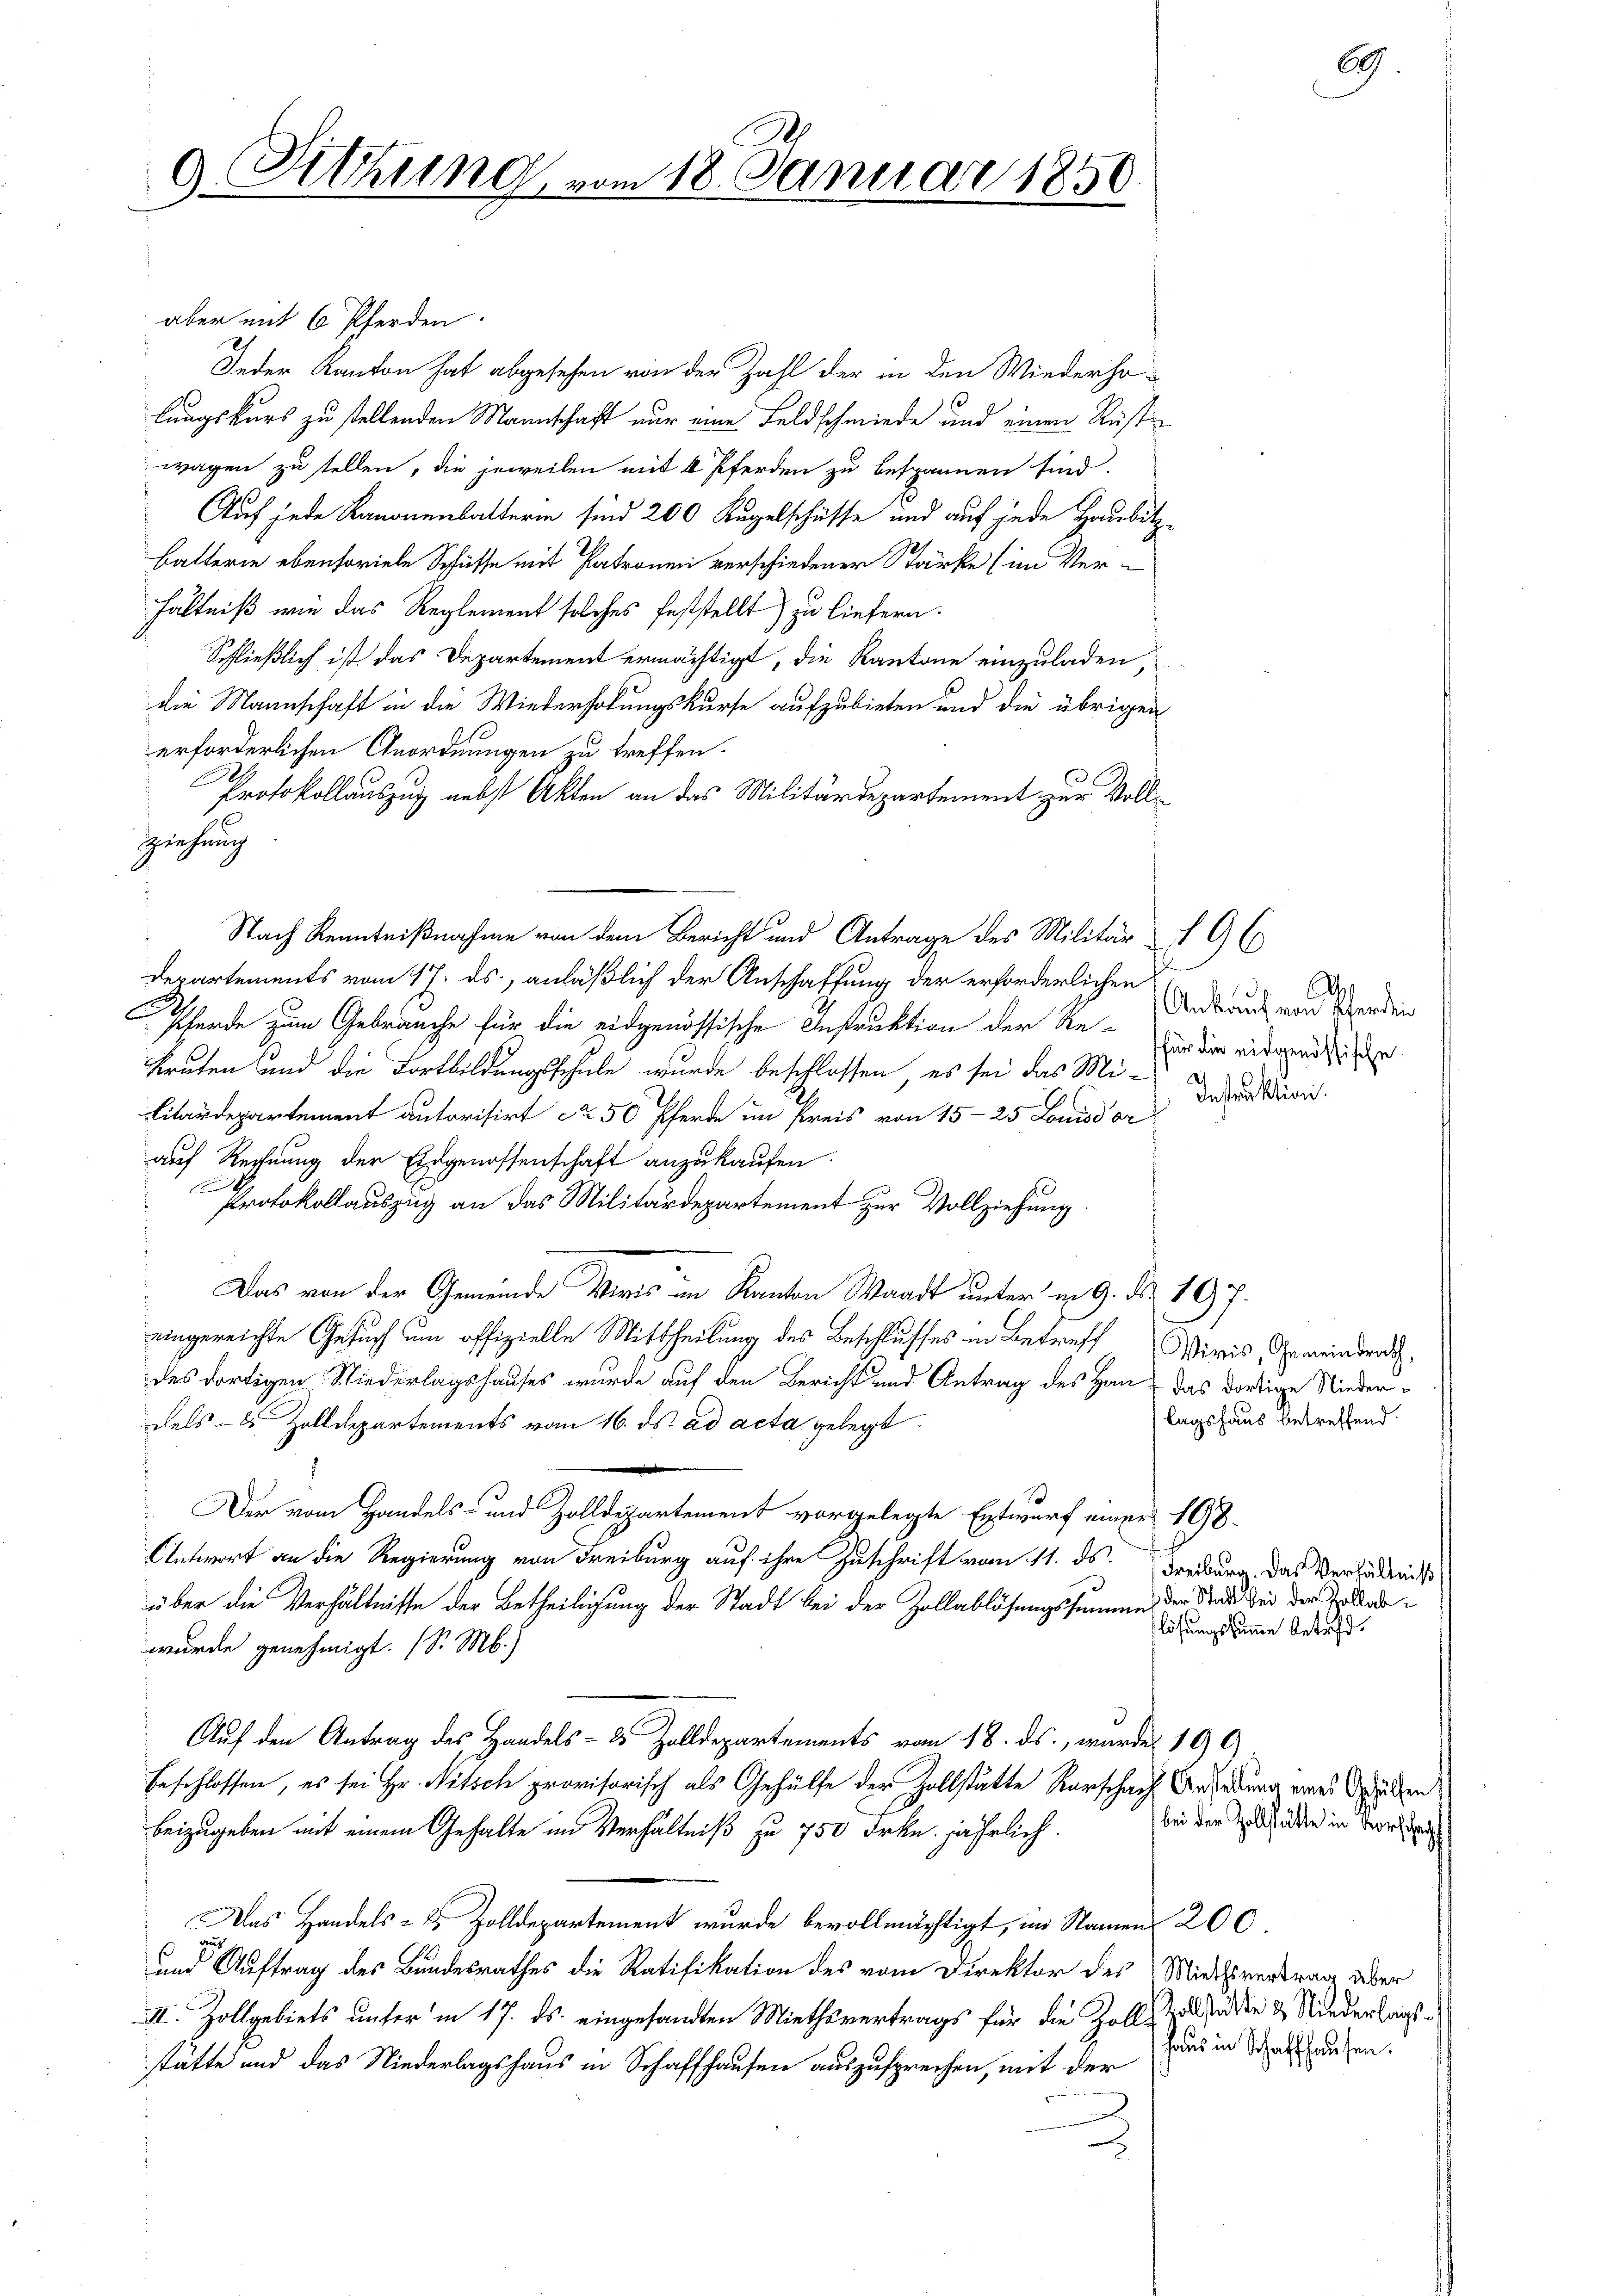
9. Dittung

m 18. Januar 1856

aber mit 6 Pferden
Jeder Kanton hat abgesehen von der Zahl der in den Wiederho-
lungskurs zu stellenden Mannschaft nur eine Feldschmiede und einen Rustwagen zu stellen, die jeweilen mit 4 Pferden zu bespannen sind.
Auf jede Kanonenbatterin sind 200 Kugelschüsse und auf jede Haubitz-
Batterin ebensoviele Schüsse mit Patronen verschiedener Stärke (im Ver-
hältniß wie das Reglement solches feststellt) zu liefern.
Schließlich ist das Departement ermächtigt, die Kantone einzuladen,
die Mannschaft in die Wiederholungskurse aufzubieten und die übrigen
erforderlichen Anordnungen zu treffen.
Protokollauszug nebst Akten an das Militärdepartement zur Vollziehung
 Nach Kenntnißnahme von dem Bericht und Antrage des Militär- 96
Departements vom 17. ds., anläßlich der Anschaffung der erforderlichen
Pferde zum Gebräuche für die eidgenössische Instruktion der Re-
kruten und die Fortbildungsschule wurde beschlossen, es sei das Mi¬
Litardepartement autorisirt N. 50 Pferde im Preis von 15-25 Louisdor
auf Rechnung der Eidgenossenschaft anzukaufen:
Protokollauszug an das Militärdepartement zur Vollziehung.
Das von der Gemeinde Wiris und Kanton Waadt unter in G. Nr. 197.
eingereichte Gesuch um offizielle Mittheilung des Beschlusses in Betreff Minis, Gemeindrath,
des dortigen Niederlagshauses wurde auf den Bericht und Antrag des Han; das dortige Niederdels- & Zolldepartements vom 16. ds. ad acta gelegt.
 Der vom Handels- und Zolldepartement vorgelegte Entwurf einer 198
Antwort an die Regierung von Freiburg auf ihre Zuschrift vom 11. ds. Freiburg das Verhältniß
über die Verhältnisse der Betheiligung der Stadt bei der Zollablösungssumme der Stadt der der Erlaswurde genehmigt. (S. M.)
Auf den Antrag des Handels- 2 Zolldepartements vom 18. ds., wurde 190
beschlossen, es sei Hr. Mitsch provisorisch als Gehülfe der Zollstätte Karschach Anladung eines den
beizugeben mit einem Gehalte im Verhältniß zu 750 Frkn. jährlich.
Das Handels- 2 Zolldepartement wurde bevollmächtigt, im Namen 200.
aus
und Auftrag des Bundesrathes die Ratifikation des vom Direktor des Miethsvertrag über
III. Zollgebiets unter in 17. ds. eingesandten Miethsvertrags für die Zollenden & Niederlagsstätte und das Niederlagshaus in Schaffhausen auszusprechen, mit der

D
Ankauf von Pferden
für die eidgenössische
Instruktion.

lagshaus betreffend.

60

flösungssumme betreff.

bei der Zollstätte in Vorschr

haus in Schaffhausen.